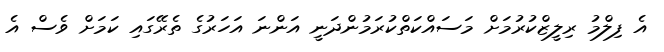
އެ ފިލްމު ރިލީޒްކުރުމަށް މަސައްކަތްކުރަމުންދަނީ އަންނަ އަހަރުގެ ތެރޭގައި ކަމަށް ވެސް އެ